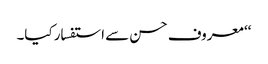
‘‘ معروف حسن سے استفسار کیا۔